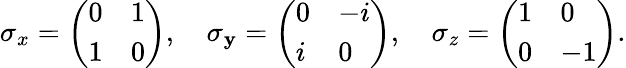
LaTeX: \sigma_{x}={\left(\begin{array}{ll}{0}&{1}\\ {1}&{0}\end{array}\right)},\quad\sigma_{\mathbf{y}}={\left(\begin{array}{ll}{0}&{-i}\\ {i}&{0}\end{array}\right)},\quad\sigma_{z}={\left(\begin{array}{ll}{1}&{0}\\ {0}&{-1}\end{array}\right)}.